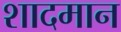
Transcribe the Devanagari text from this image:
शादमान